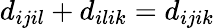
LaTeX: d_{ijil}+d_{ilik}=d_{ijik}